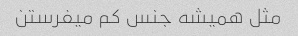
مثل همیشه جنس کم میفرستن